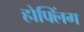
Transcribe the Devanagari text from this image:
होफ्लिंग